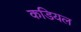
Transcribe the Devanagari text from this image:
कडियल